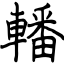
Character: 轓